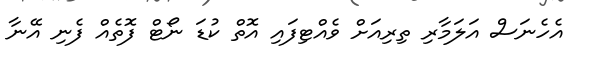
އެހެނަސް އަލަމާރި ތިރިއަށް ވެއްޓިފައި އޮތް ކުޑަ ނޯޓް ފޮތެއް ފެނި އޭނާ